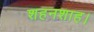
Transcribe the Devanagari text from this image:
शहनशाह।